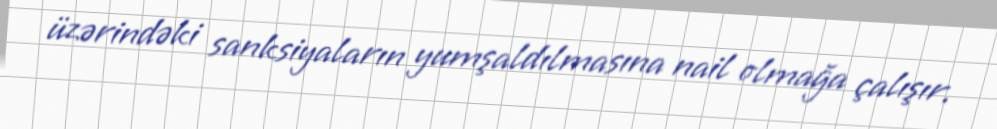
üzərindəki sanksiyaların yumşaldılmasına nail olmağa çalışır.